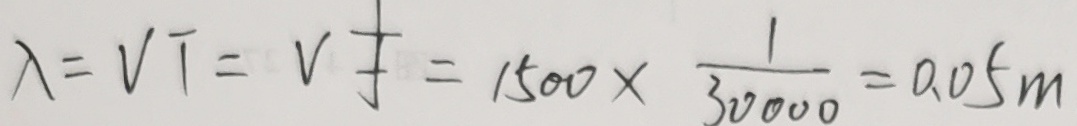
\lambda = V T = V \frac { 1 } { f } = 1 5 0 0 \times \frac { 1 } { 3 0 0 0 0 } = 0 . 0 5 m